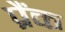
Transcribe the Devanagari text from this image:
प्रैंक